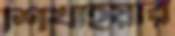
শিখাইয়ার